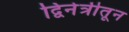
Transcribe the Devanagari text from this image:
द्विनेत्रीतून